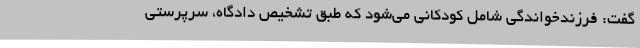
گفت: فرزندخواندگی شامل کودکانی می‌شود که طبق تشخیص دادگاه، سرپرستی